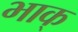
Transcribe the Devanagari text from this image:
भाक्‌